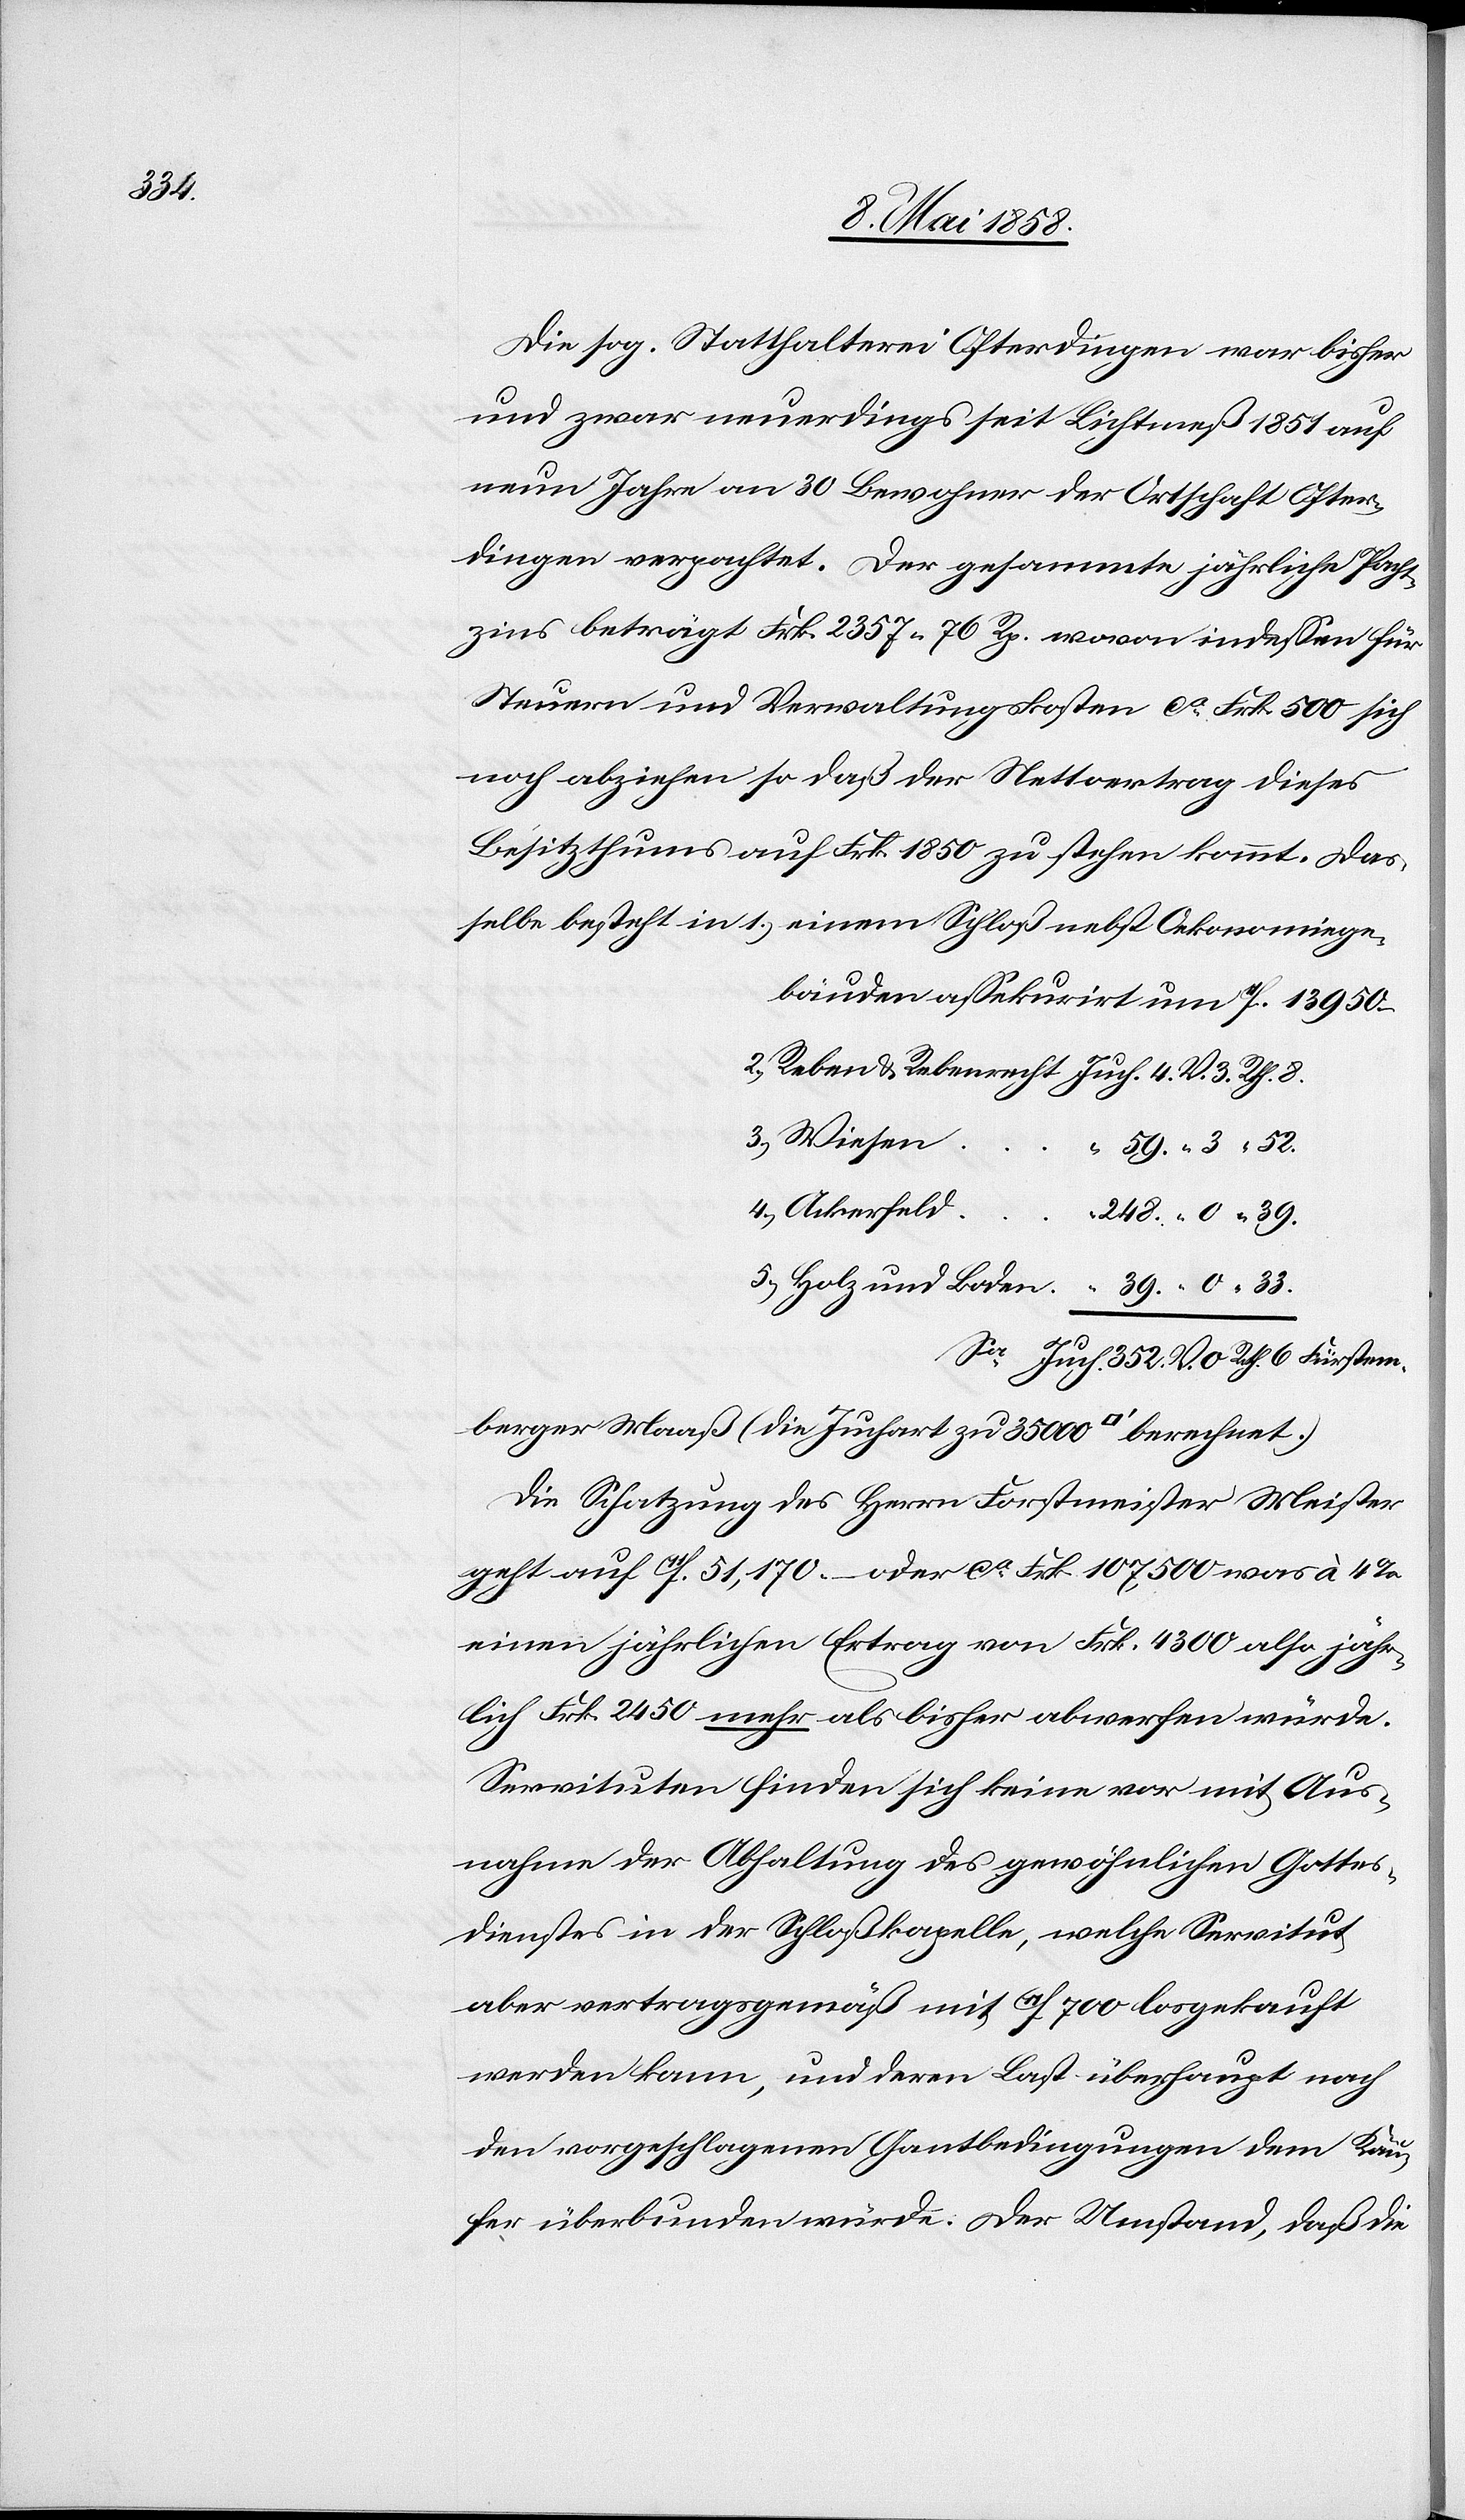
352.

Die sog. Statthalterei Osterdingen war bisher
und zwar neuerdings seit Lichtmeß 1851 auf
neun Jahre an 30 Bewohner der Ortschaft Oster¬
dingen verpachtet. Der gesammte jährliche Pach¬
tzins beträgt Frk. 2357 76 Rp. wovon indessen für
Steuern und Verwaltungskosten ca Frk. 500 sich
noch abziehen so daß der Nettovertrag dieses
Besitzthums auf Frk. 1850 zu stehen kommt. Das¬
selbe besteht in 1) einen Schloß nebst Oekonomiege¬
bäuden assekurirt um 11f. 13 950
6.
berger Maaß (die Juchart zu 35 000 [Quadratfuß] berechnet.)
Die Schatzung des Herrn Forstmeister Meister
geht auf 11f. 51,170 – oder ca Frk. 107,500 was à 4%
einen jährlichen Ertrag von Frk. 4300 also jähr¬
lich Frk. 2450 mehr als bisher abwerfen würde.
Servituten finden sich keine vor mit Aus¬
nahme der Abhaltung des gewöhnlichen Gottes¬
dienstes in der Schloßkapelle, welche Servitut
aber vetragsgmäß mit 11f 700 losgekauft
werden kann, und deren Last überhaupt noch
den vorgeschlagenen Gantbedingungen dem Käu¬
fer überbunden würde. Der Umstand, daß die